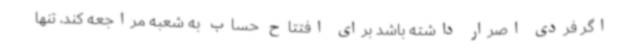
اگر فردی اصرار داشته باشد برای افتتاح حساب به شعبه مراجعه کند، تنها